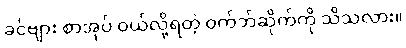
ခင်ဗျား စာအုပ် ဝယ်လို့ရတဲ့ ဝက်ဘ်ဆိုက်ကို သိသလား။